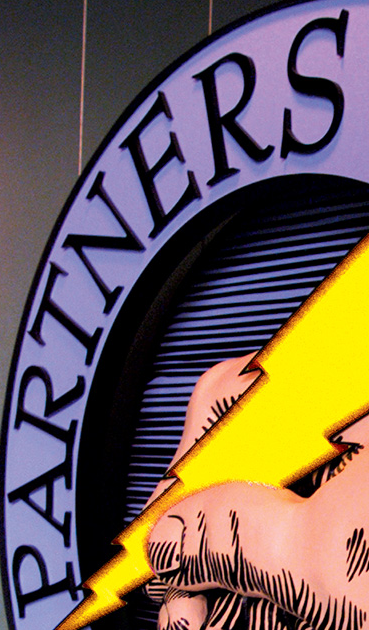
PARTNERS